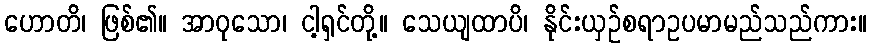
ဟောတိ၊ ဖြစ်၏။ အာဝုသော၊ ငါ့ရှင်တို့။ သေယျထာပိ၊ နိုင်းယှဉ်စရာဥပမာမည်သည်ကား။